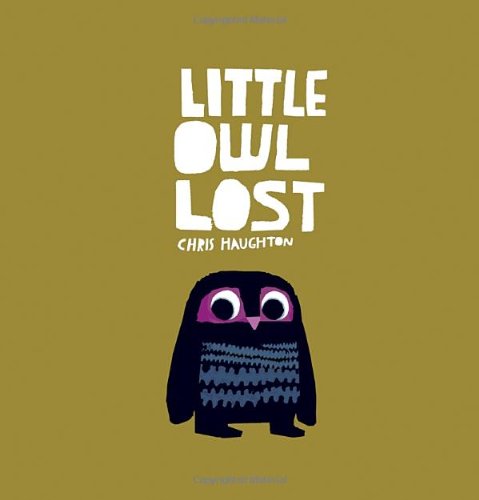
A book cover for Little Owl Lost; Chris Haughton; Children's Books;